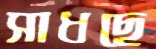
সাধছে